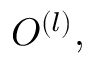
O ^ { ( l ) } ,